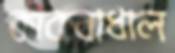
কাকবাধাল